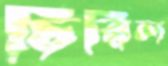
চিরিল